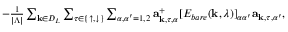
\begin{array} { r } { - \frac { 1 } { | \Lambda | } \sum _ { { \bf k } \in { \cal D } _ { L } } \sum _ { \tau \in \{ \uparrow , \downarrow \} } \sum _ { \alpha , \alpha ^ { \prime } = 1 , 2 } { \bf a } _ { { \bf k } , \tau , \alpha } ^ { + } [ E _ { b a r e } ( { \bf k } , \lambda ) ] _ { \alpha \alpha ^ { \prime } } { \bf a } _ { { \bf k } , \tau , \alpha ^ { \prime } } , } \end{array}